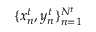
\{ x _ { n } ^ { t } , { y } _ { n } ^ { t } \} _ { n = 1 } ^ { N ^ { t } }